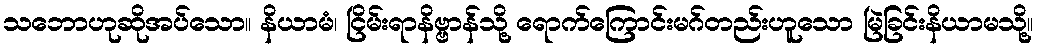
သဘောဟုဆိုအပ်သော။ နိယာမံ၊ ငြိမ်းရာနိဗ္ဗာန်သို့ ရောက်ကြောင်းမဂ်တည်းဟူသော မြဲခြင်းနိယာမသို့။